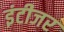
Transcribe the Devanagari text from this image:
इंटीजर